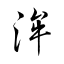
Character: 洠